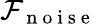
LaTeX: \mathcal{F}_{\mathrm{~n~o~i~s~e~}}